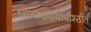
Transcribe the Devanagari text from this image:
इस्लामाधार्माधीश्ठीत